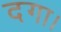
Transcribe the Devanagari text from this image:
दगा।